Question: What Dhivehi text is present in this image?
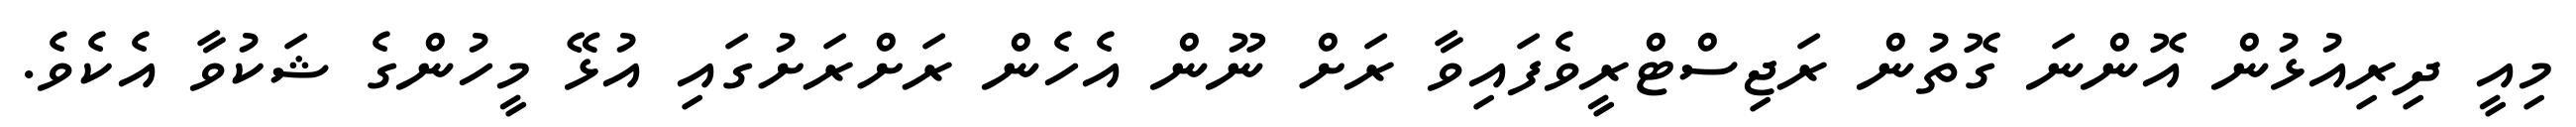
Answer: މިއީ ދިރިއުޅުން އޮންނަ ގޮތުން ރަޖިސްޓްރީވެފައިވާ ރަށް ނޫން އެހެން ރަށްރަށުގައި އުޅޭ މީހުންގެ ޝަކުވާ އެކެވެ.